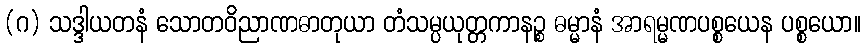
(ဂ) သဒ္ဒါယတနံ သောတဝိညာဏဓာတုယာ တံသမ္ပယုတ္တကာနဉ္စ ဓမ္မာနံ အာရမ္မဏပစ္စယေန ပစ္စယော။